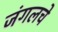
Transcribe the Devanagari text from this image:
जंगलचे